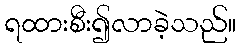
ရထားစီး၍လာခဲ့သည်။